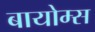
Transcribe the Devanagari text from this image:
बायोम्स